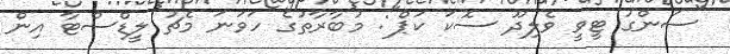
"ސަންގު ޓީވީ ވެލިދޫ ސޮކަ ކަޕް": މުބާރާތުގެ ހަވަނަ މެޗު ލީޑްސްޓާ އިން